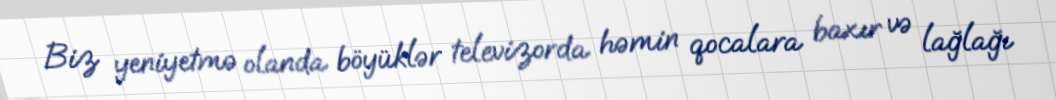
Biz yeniyetmə olanda böyüklər televizorda həmin qocalara baxır və lağlağı